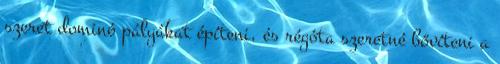
szeret dominó pályákat építeni, és régóta szeretné bővíteni a